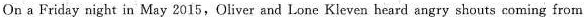
On a Friday night in May 2015,Oliver and Lone Kleven heard angry shouts coming from